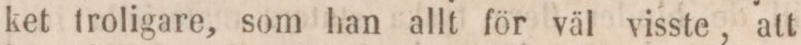
ket troligare, som han allt för väl visste, att